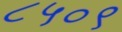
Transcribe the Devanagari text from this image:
८५०९